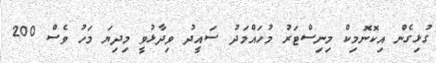
ގުޅިގެން އިކޮނޮމިކް މިނިސްޓަރު މުހައްމަދު ސައީދު ވިދާޅުވީ މިދިޔަ މަހު ވެސް 200